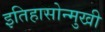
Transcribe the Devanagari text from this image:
इतिहासोन्मुखी